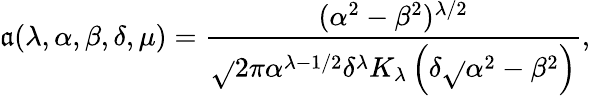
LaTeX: \mathfrak{a}(\lambda,\alpha,\beta,\delta,\mu)=\frac{{(\alpha^{2}-\beta^{2})^{\lambda/2}}}{{\sqrt{}{{2\pi}}\alpha^{\lambda-1/2}\delta^{\lambda}K_{\lambda}\left(\delta\sqrt{}{{\alpha^{2}-\beta^{2}}}\right)}},